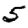
Digit: 5